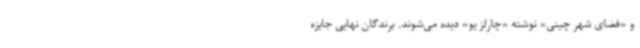
و «فضای شهر چینی» نوشته «چارلز یو» دیده می‌شوند. برندگان نهایی جایزه